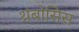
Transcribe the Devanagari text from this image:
थ्रंबोसिस